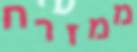
ממזרח